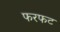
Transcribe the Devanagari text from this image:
फरफट